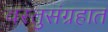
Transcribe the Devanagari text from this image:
वस्तुसंग्रहात